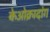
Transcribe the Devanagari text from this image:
केओक्रादांग